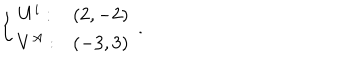
LaTeX: \left\{ \begin{array} { c c } { { U ^ { i } : } } & { { ( 2 , - 2 ) } } \\ { { V ^ { A } : } } & { { ( - 3 , 3 ) } } \\ \end{array} \right. \, .